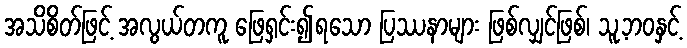
အသိစိတ်ဖြင့် အလွယ်တကူ ဖြေရှင်း၍ရသော ပြဿနာများ ဖြစ်လျှင်ဖြစ်၊ သူ့ဘဝနှင့်